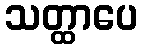
သတ္ထာပေ